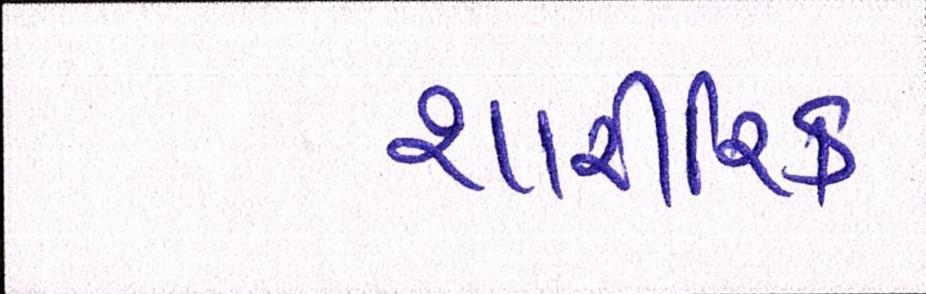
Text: શારીરિક